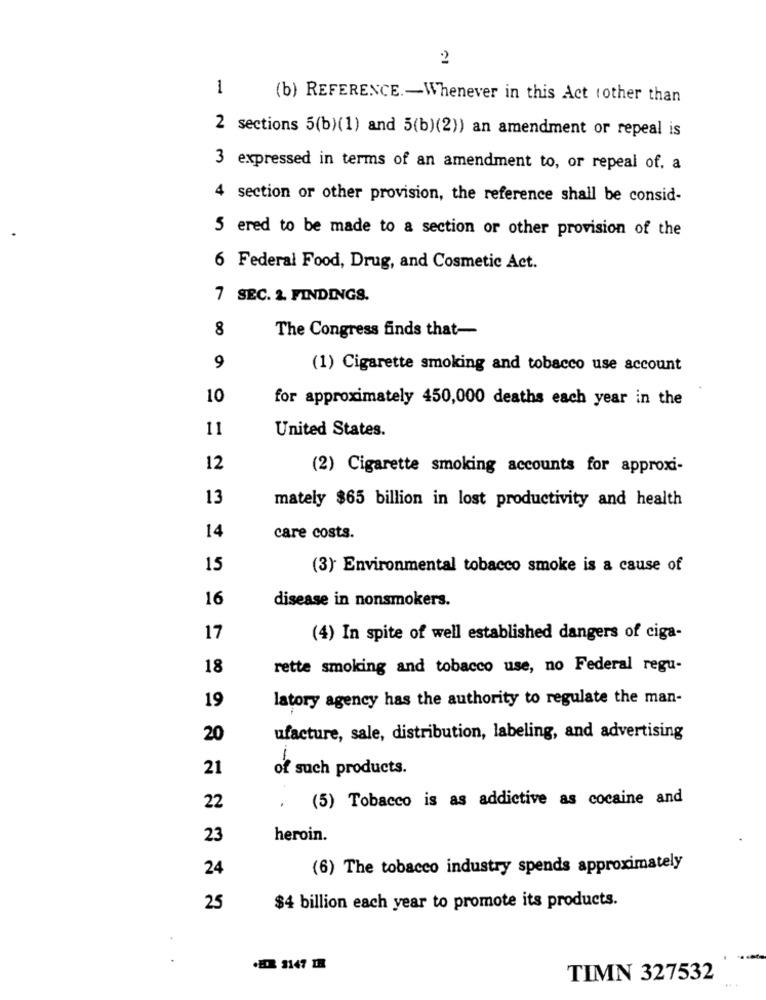
2
1
(b) REFERENCE .- Whenever in this Act tother than
2 sections 5(b)(1) and 5(b)(2)) an amendment or repeal is
3 expressed in terms of an amendment to, or repeal of. a
4 section or other provision, the reference shall be consid-
5 ered to be made to a section or other provision of the
6 Federal Food, Drug, and Cosmetic Act.
7 SEC. 2. FINDINGS.
8
The Congress finds that-
9
(1) Cigarette smoking and tobacco use account
10
for approximately 450,000 deaths each year in the
11
United States.
12
(2) Cigarette smoking accounts for approxi-
13
mately $65 billion in lost productivity and health
14
care costs.
15
(3) Environmental tobacco smoke is a cause of
16
disease in nonsmokers.
17
(4) In spite of well established dangers of ciga-
18
rette smoking and tobacco use, no Federal regu-
19
latory agency has the authority to regulate the man-
20
ufacture, sale, distribution, labeling, and advertising
21
of such products.
. (5) Tobacco is as addictive as cocaine and
22
23
heroin.
24
(6) The tobacco industry spends approximately
25
$4 billion each year to promote its products.
.EX 3147 IH
TIMN 327532